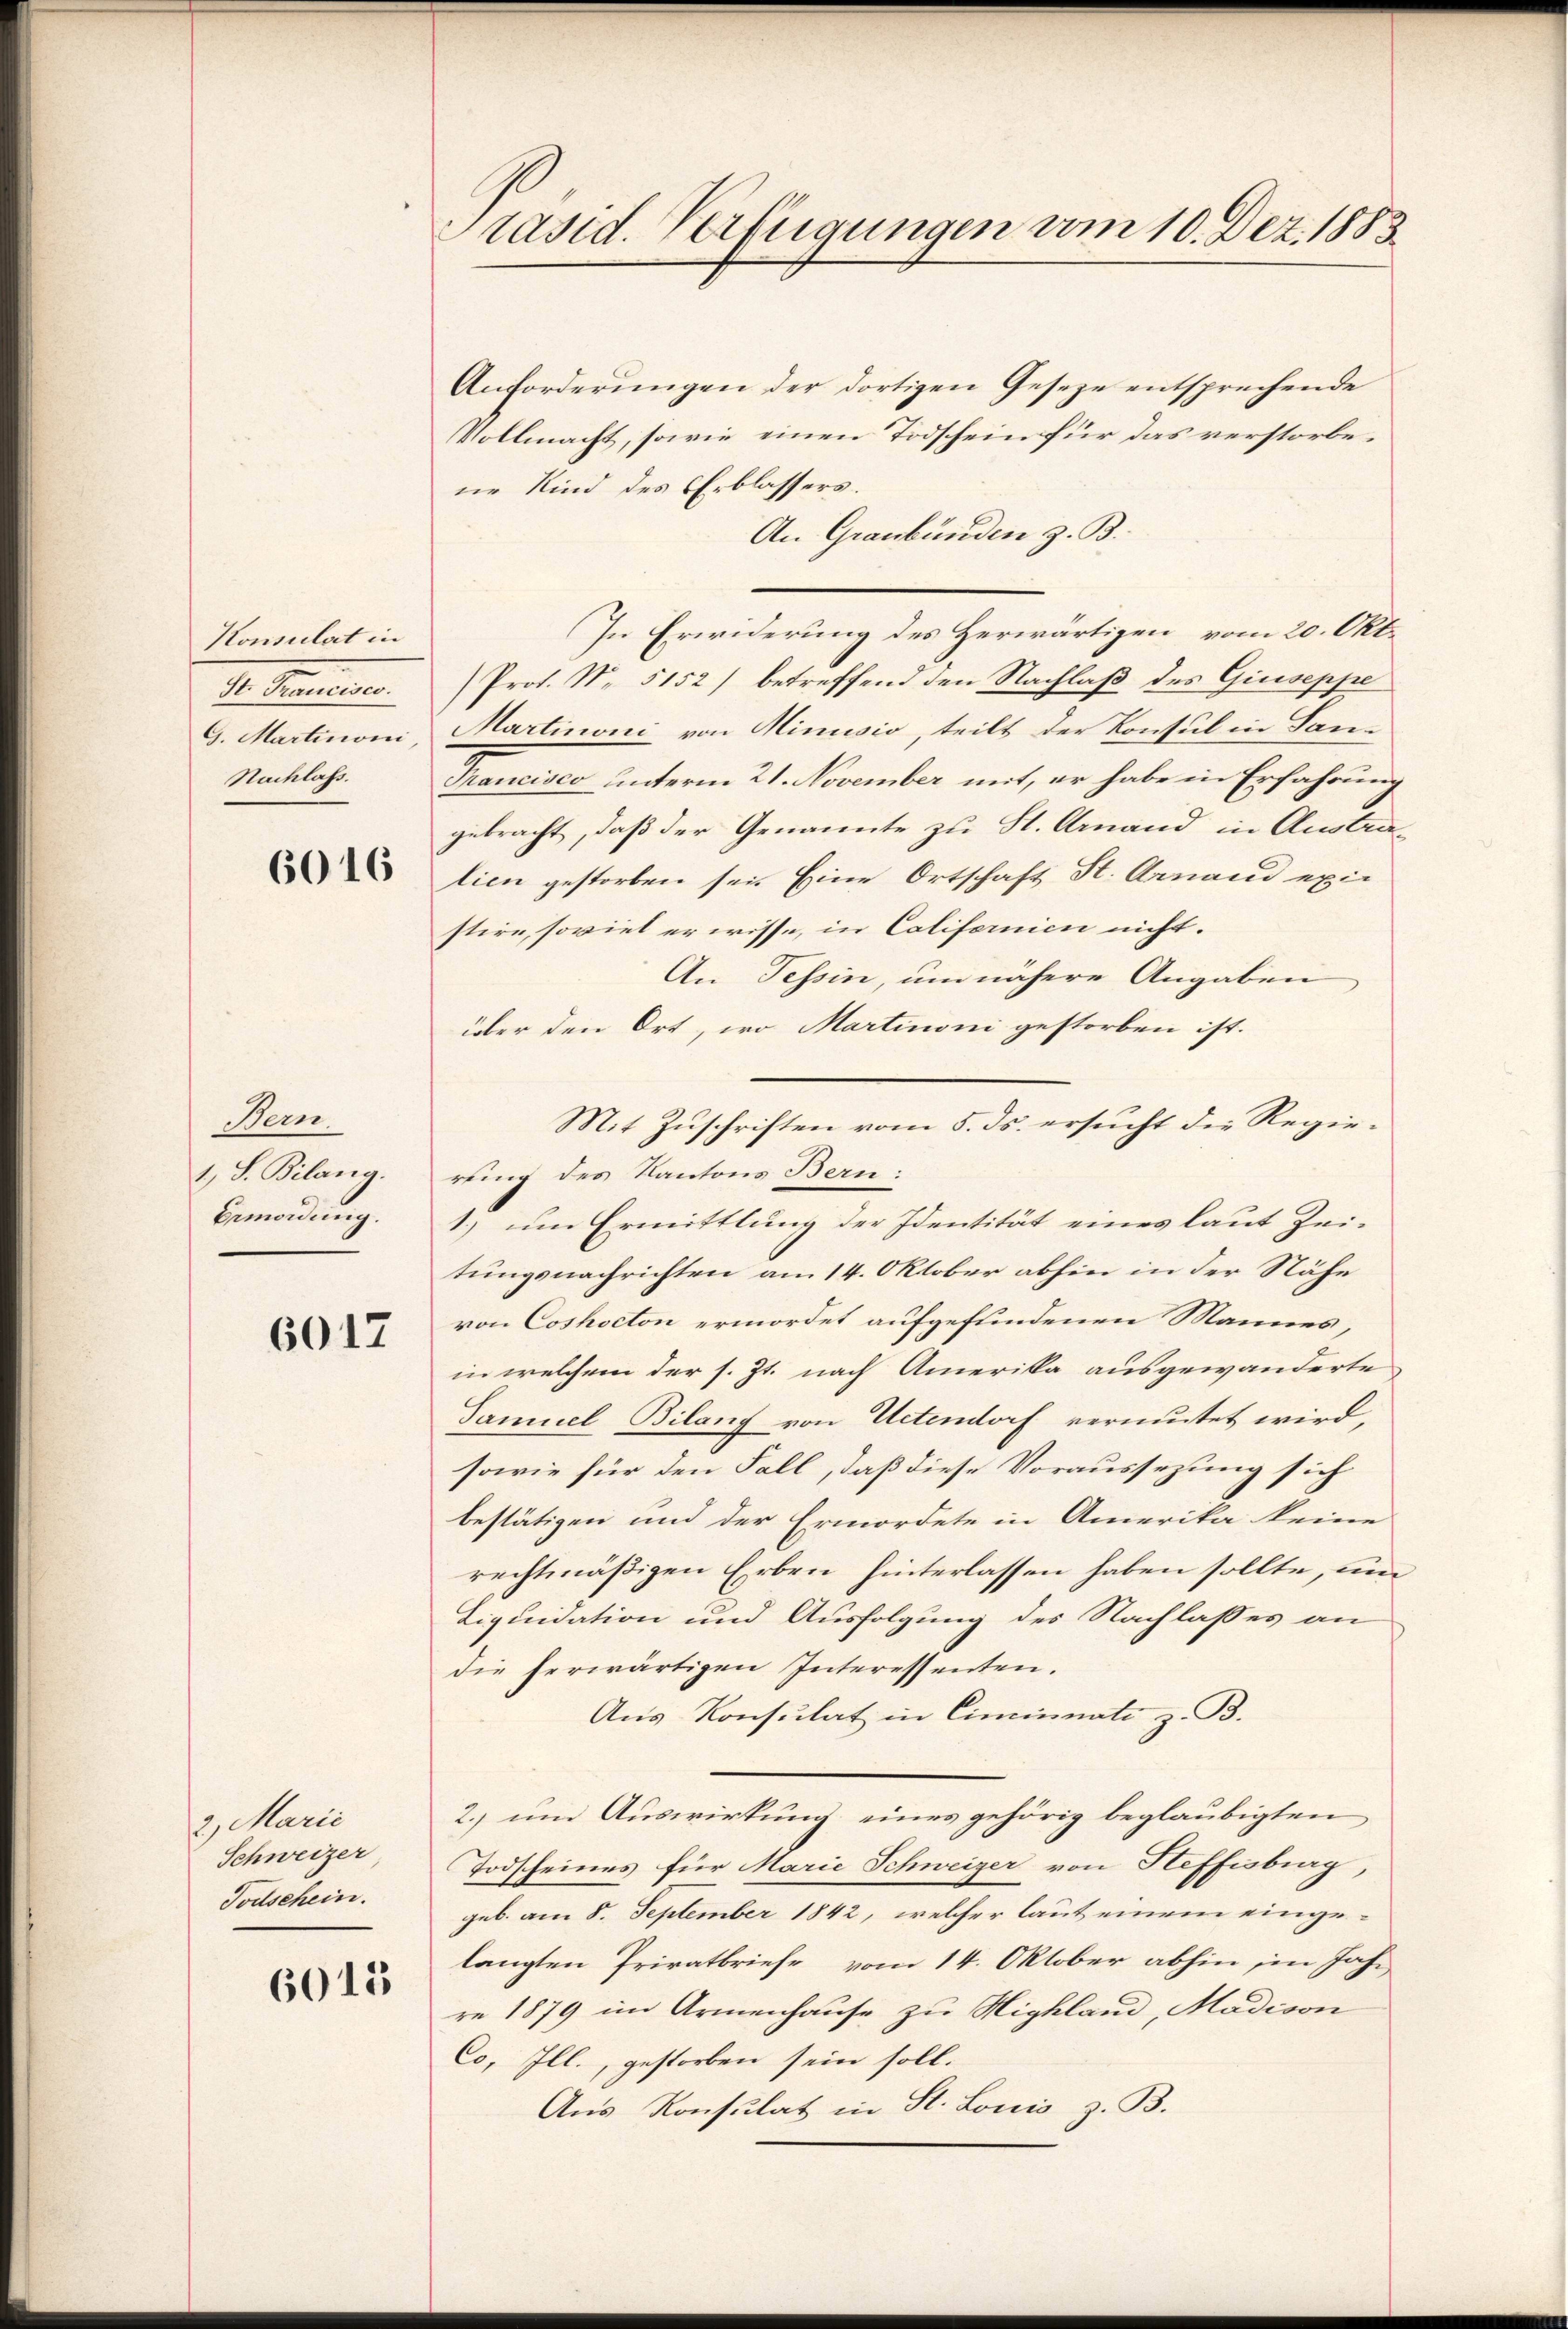
Konsulat in
I. Finan
Nachlass.

6016

Bem.
1.) S. Bilang.
Bemordung.

6017

, Marie
Schweizer
Todschein.

6015

Präsid. Verfügungen vom 10. Dez. 1883.

Anforderungen der dortigen Gesetze entsprechende
Vollmacht, sowie einen Todschein für das verstorbene Kind des Erblassers.
An Graubünden z. B.
In Erwiderung des Herwärtigen vom 20. Okt.
Prof. No. 5152) betreffend den Nachlaß des Giuseppe
9. Martinoni, Martinoni von Minusio, teilt der Konsul in Lan-
Francisco unterm 21. November mit, er habe in Erfahrung
gebracht, daß der Genannte zu St. Arnand in Australien gestorben sei. Eine Ortschaft St. Arnand existire, soviel er wisse, in Californien nicht.
An Tessin, um nähere Angaben
über den Ort, wo Martinoni gestorben ist.
Mit Zuschriften vom 5. ds. ersucht die Regierung des Kantons Bern:
1.) um Ermittlung der Identität eines laut Zeitungsnachrichten am 14. Oktober abhin in der Nähe
von Coshocton ermordet aufgefundenen Mannes,
in welchem der s. Zt. nach Amerika ausgewanderte
Samuel Bilanz von Uetendorf vermutet wird,
sowie für den Fall, daß diese Voraussezung sich
bestätigen und der Ermordete in Amerika keine
rechtmäßigen Erben hinterlassen haben sollte, um
Liquidation und Ausfolgung des Nachlasses an
die herwärtigen Interessenten.
Aus Konsulat in Cincinati z. B.
2.) um Auswirkung eines gehörig beglaubigten
Todscheines für Marie Schweizer von Heffisburg,
geb. am 8. September 1842, welcher laut einem eingelangten Privatbriefe vom 14. Oktober abhin, in Jahr
re 1879 im Armenhause zu Highland, Madison
Co, Ill., gestorben sein soll.
Aus Konsulat in St. Louis z. B.